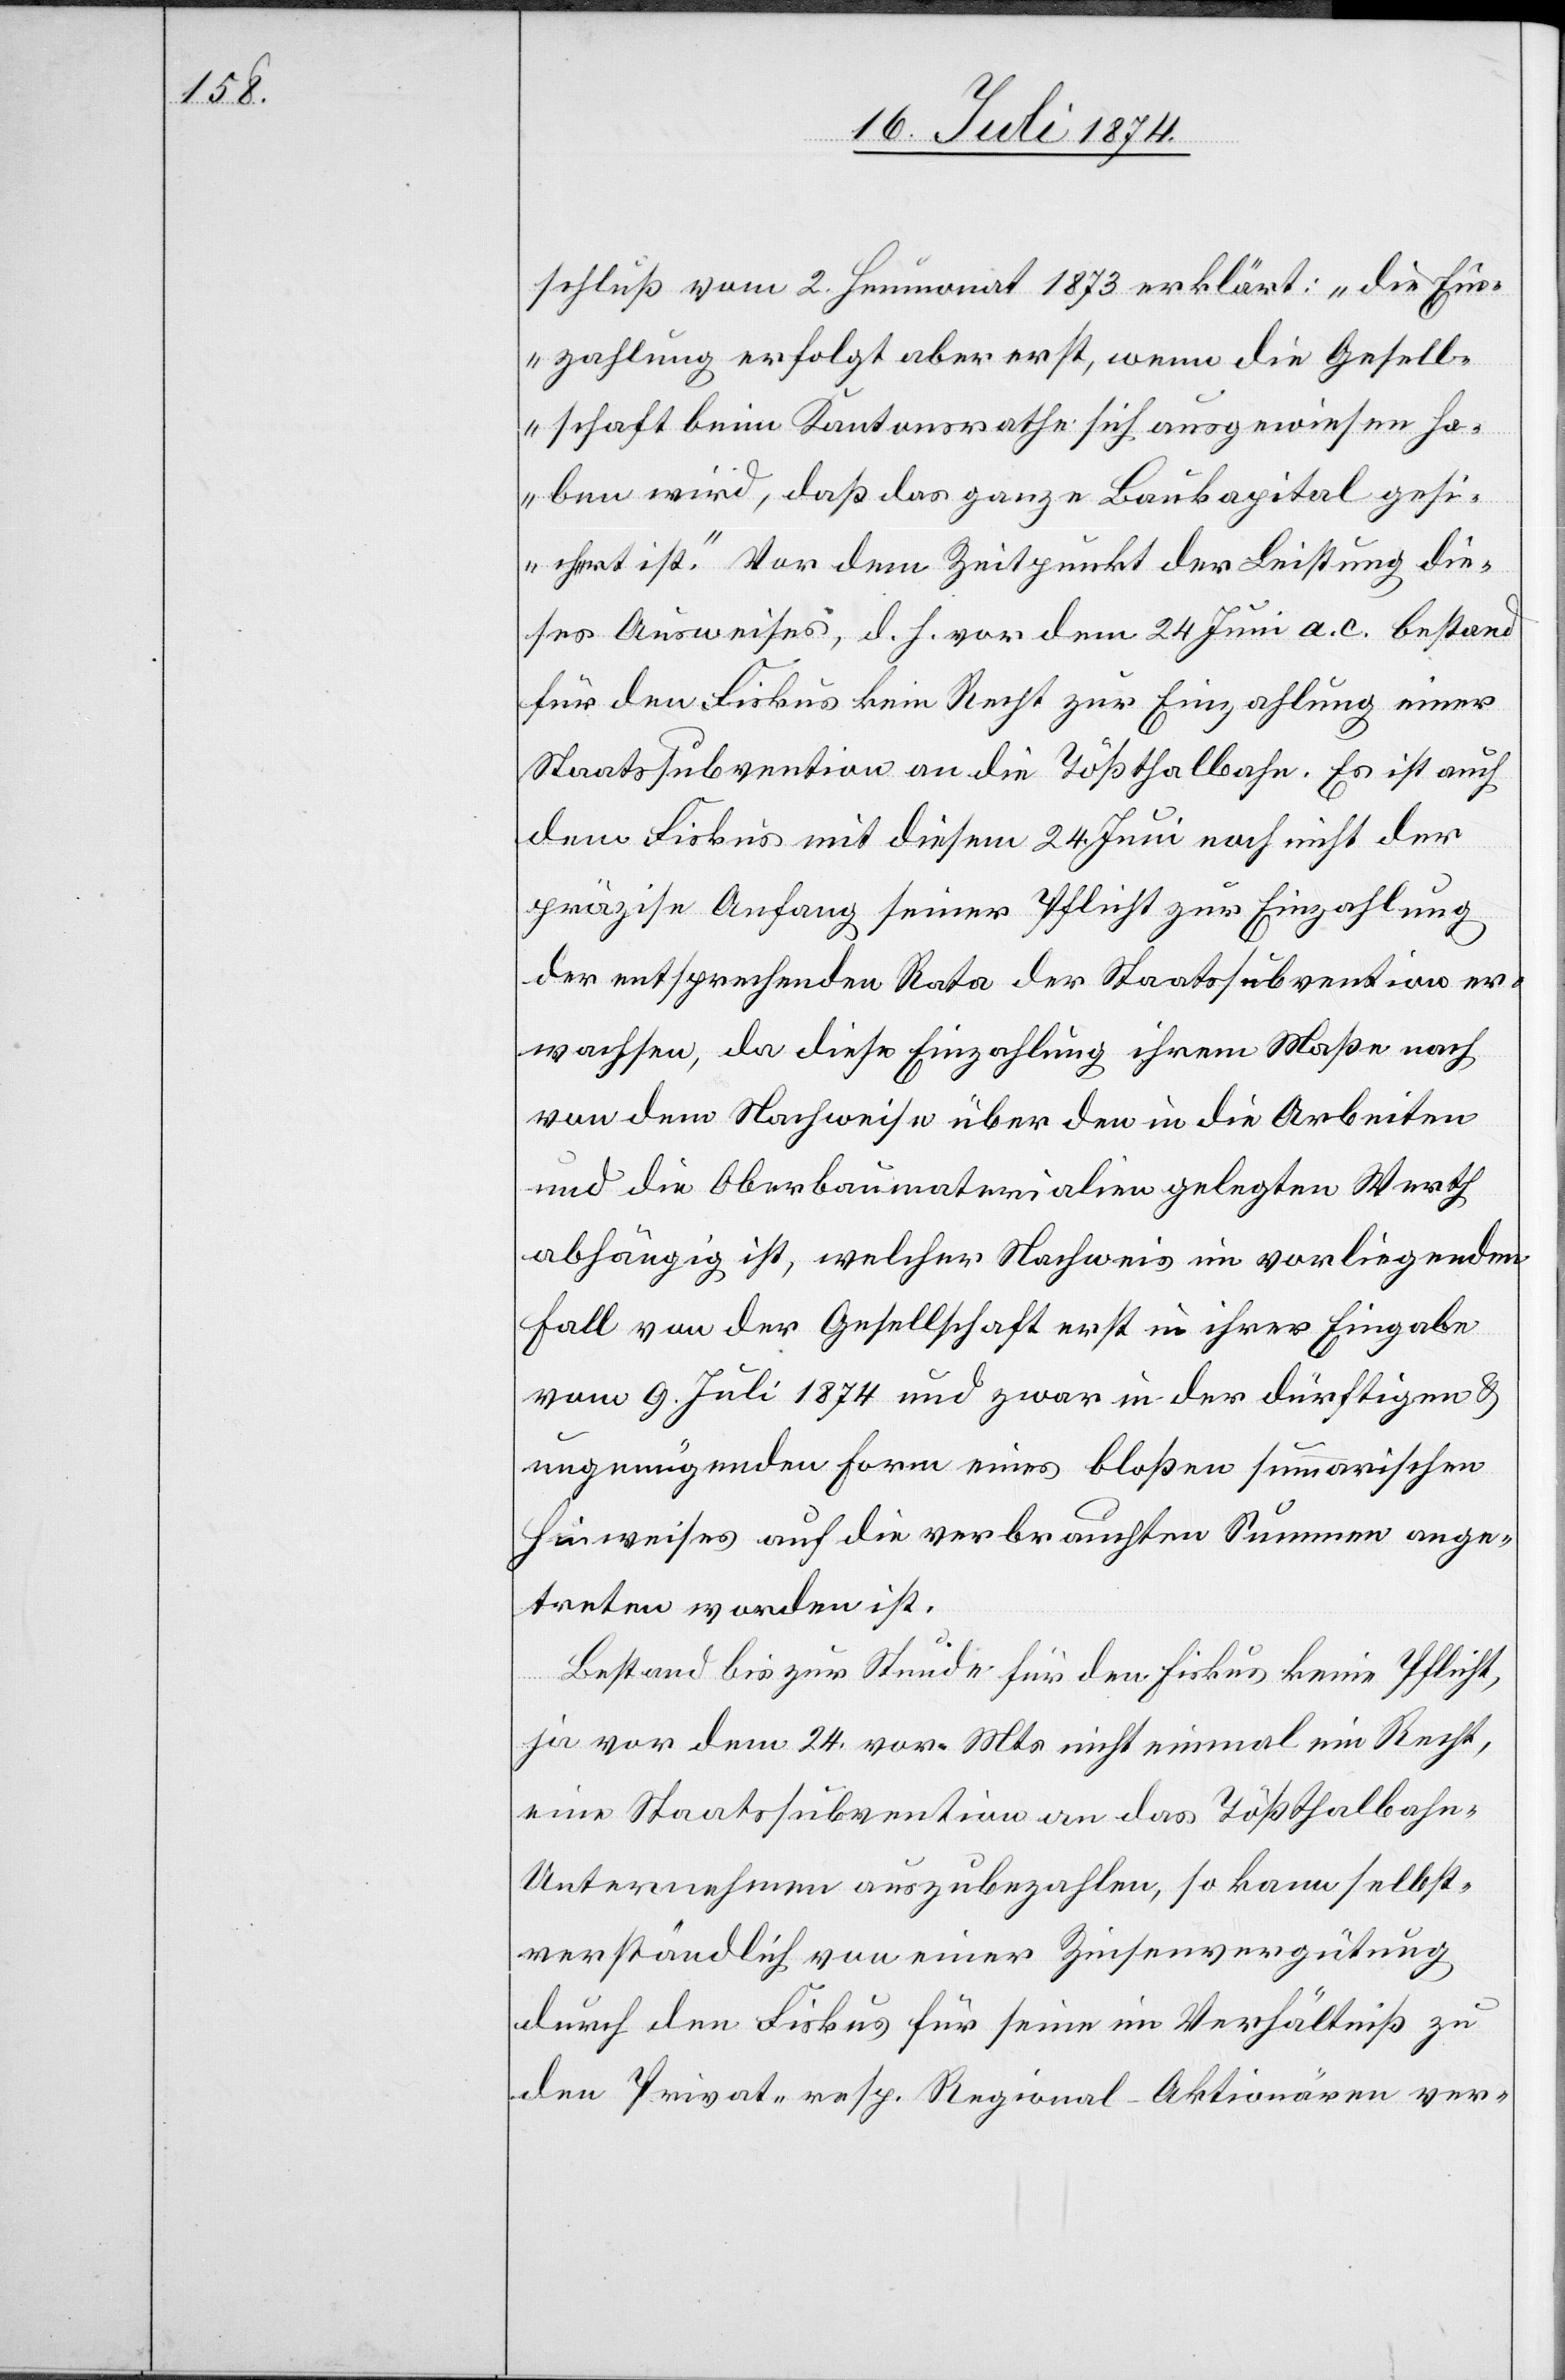
schluß vom 2. Heumonat 1873 erklärt: „die Ein¬
zahlung erfolgt aber erst, wenn die Gesell¬
schaft beim Kantonsrathe sich ausgewiesen ha¬
ben wird, daß das ganze Baukapital gesi¬
chert ist.“ Vor dem Zeitpunkt der Leistung die¬
ses Ausweises, d. h. vor dem 24. Juni a. c. bestand
für den Fiskus kein Recht zur Einzahlung einer
Staatssubvention an die Tößthalbahn. Es ist auch
dem Fiskus mit diesem 24. Juni noch nicht der
präzise Anfang seiner Pflicht zur Einzahlung
der entsprechenden Rata der Staatssubvention er¬
wachsen, da diese Einzahlung ihrem Maße nach
von dem Nachweise über den in die Arbeiten
und die Oberbaumaterialien gelegten Werth
abhängig ist, welcher Nachweis in vorliegendem
Fall von der Gesellschaft erst in ihrer Eingabe
vom 9. Juli 1874 und zwar in der dürftigen u.
ungenügenden Form eines bloßen summarischen
Hinweises auf die verbrauchten Summen ange¬
treten worden ist.
Bestand bis zur Stunde für den Fiskus keine Pflicht,
ja vor dem 24. vor. Mts. nicht einmal ein Recht,
eine Staatssubvention an das Tößthalbahn-U¬
nternehmen auszubezahlen, so kann selbst¬
verständlich von einer Zinsenvergütung
durch den Fiskus für seine im Verhältniß zu
den Privat- resp. Regional-Aktionären ver-